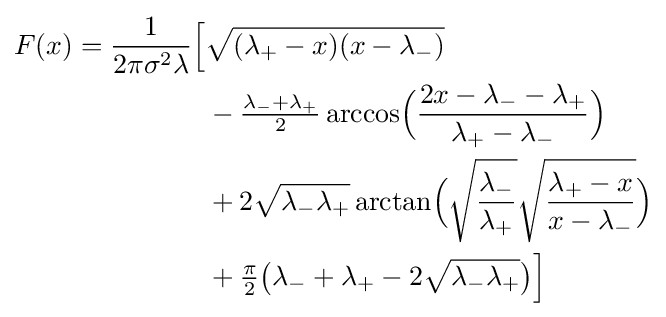
{\begin{aligned}F(x)={\frac {1}{2\pi \sigma ^{2}\lambda }}{\Big [}&{\sqrt {(\lambda _{+}-x)(x-\lambda _{-})}}\\&-{\tfrac {\lambda _{-}+\lambda _{+}}{2}}\arccos \!{\Big (}{\frac {2x-\lambda _{-}-\lambda _{+}}{\lambda _{+}-\lambda _{-}}}{\Big )}\\&+2{\sqrt {\lambda _{-}\lambda _{+}}}\arctan \!{\Big (}{\sqrt {\frac {\lambda _{-}}{\lambda _{+}}}}{\sqrt {\frac {\lambda _{+}-x}{x-\lambda _{-}}}}{\Big )}\\&+{\tfrac {\pi }{2}}{\big (}\lambda _{-}+\lambda _{+}-2{\sqrt {\lambda _{-}\lambda _{+}}}{\big )}{\Big ]}\end{aligned}}